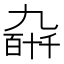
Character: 𫡰